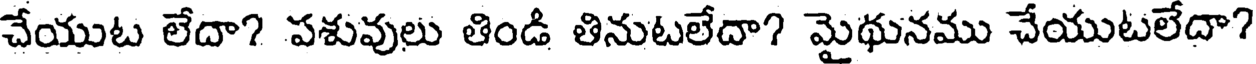
చేయుట లేదా? పశువులు తిండి తినుటలేదా? మైథునము చేయుటలేదా?